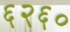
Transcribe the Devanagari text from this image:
६२६०